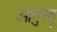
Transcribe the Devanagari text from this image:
ओगुस्तू